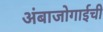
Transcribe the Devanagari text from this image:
अंबाजोगाईची